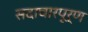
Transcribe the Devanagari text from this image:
सदाचारपूर्ण